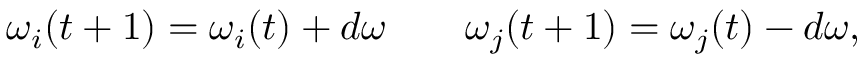
\begin{array} { r l r } { \omega _ { i } ( t + 1 ) = \omega _ { i } ( t ) + d \omega } & { { } } & { \omega _ { j } ( t + 1 ) = \omega _ { j } ( t ) - d \omega , } \end{array}